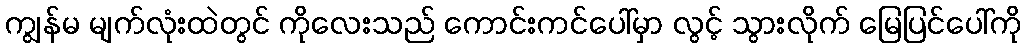
ကျွန်မ မျက်လုံးထဲတွင် ကိုလေးသည် ကောင်းကင်ပေါ်မှာ လွင့် သွားလိုက် မြေပြင်ပေါ်ကို